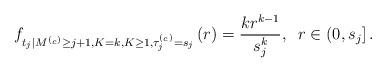
LaTeX: \begin{align*}f_{t_j\vert M^{(_c)}\geq j+1, K=k, K\geq 1, \tau^{(_c)}_j = s_j}\left(r\right) = \frac{k r^{k-1}}{s_j^k}, \;\;r\in \left(0,s_j\right].\end{align*}